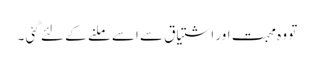
تو وہ محبت اور اشتیاق سے اسے ملنے کے لئے گئی ۔